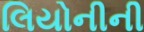
લિયોનીની